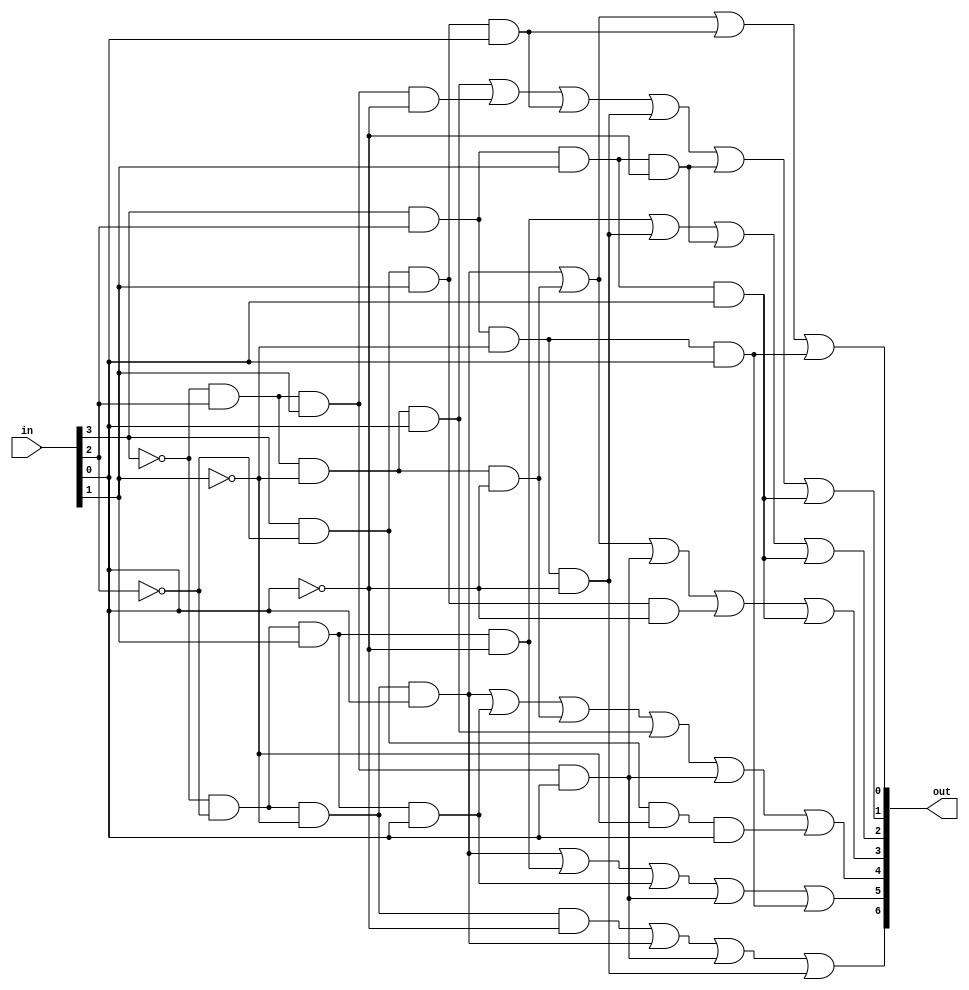
//the display for hex numbers
module seven_Segement_Decoder(out, in);

		input [3:0] in;
		output[6:0] out;
		
		//segement-0, number 1,4,B,D does not need it
		assign out[0] = //(~in[3]&~in[2]&~in[1]&~in[0])| // 0
							  (~in[3]&~in[2]&~in[1]& in[0])| // 1
						//	  (~in[3]&~in[2]& in[1]&~in[0])|	// 2
						//   (~in[3]&~in[2]& in[1]& in[0])| // 3
							  (~in[3]& in[2]&~in[1]&~in[0])| // 4
						//	  (~in[3]& in[2]&~in[1]& in[0])| // 5
						//	  (~in[3]& in[2]& in[1]&~in[0])| // 6
						//	  (~in[3]& in[2]& in[1]& in[0])| // 7
						//	  ( in[3]&~in[2]&~in[1]&~in[0])| // 8
						//	  ( in[3]&~in[2]&~in[1]& in[0])| // 9
						//	  ( in[3]&~in[2]& in[1]&~in[0])| // A
							  ( in[3]&~in[2]& in[1]& in[0])| // B
						//	  ( in[3]& in[2]&~in[1]&~in[0])| // C
							  ( in[3]& in[2]&~in[1]& in[0]); // D
						//	  ( in[3]& in[2]& in[1]&~in[0])| // E
						//	  ( in[3]& in[2]& in[1]& in[0])| // F
							  
		
		//segement-1, number 5,6,B,C,E,F does not need it
		assign out[1] = //(~in[3]&~in[2]&~in[1]&~in[0])| // 0
						//	  (~in[3]&~in[2]&~in[1]& in[0])| // 1
						//	  (~in[3]&~in[2]& in[1]&~in[0])|	// 2
						//   (~in[3]&~in[2]& in[1]& in[0])| // 3
						//	  (~in[3]& in[2]&~in[1]&~in[0])| // 4
							  (~in[3]& in[2]&~in[1]& in[0])| // 5
							  (~in[3]& in[2]& in[1]&~in[0])| // 6
						//	  (~in[3]& in[2]& in[1]& in[0])| // 7
						//	  ( in[3]&~in[2]&~in[1]&~in[0])| // 8
						//	  ( in[3]&~in[2]&~in[1]& in[0])| // 9
						//	  ( in[3]&~in[2]& in[1]&~in[0])| // A
							  ( in[3]&~in[2]& in[1]& in[0])| // B
							  ( in[3]& in[2]&~in[1]&~in[0])| // C
						//	  ( in[3]& in[2]&~in[1]& in[0])| // D
							  ( in[3]& in[2]& in[1]&~in[0])| // E
							  ( in[3]& in[2]& in[1]& in[0]); // F
							  
							  
		//segement-2, number 2,C,E,F does not need it
		assign out[2] = //(~in[3]&~in[2]&~in[1]&~in[0])| // 0
						//	  (~in[3]&~in[2]&~in[1]& in[0])| // 1
							  (~in[3]&~in[2]& in[1]&~in[0])|	// 2
						//   (~in[3]&~in[2]& in[1]& in[0])| // 3
						//	  (~in[3]& in[2]&~in[1]&~in[0])| // 4
						//	  (~in[3]& in[2]&~in[1]& in[0])| // 5
						//	  (~in[3]& in[2]& in[1]&~in[0])| // 6
						//	  (~in[3]& in[2]& in[1]& in[0])| // 7
						//	  ( in[3]&~in[2]&~in[1]&~in[0])| // 8
						//	  ( in[3]&~in[2]&~in[1]& in[0])| // 9
						//	  ( in[3]&~in[2]& in[1]&~in[0])| // A
						//	  ( in[3]&~in[2]& in[1]& in[0])| // B
							  ( in[3]& in[2]&~in[1]&~in[0])| // C
						//	  ( in[3]& in[2]&~in[1]& in[0])| // D
							  ( in[3]& in[2]& in[1]&~in[0])| // E
							  ( in[3]& in[2]& in[1]& in[0]); // F
							  
							  
							  
		//segement-3, number 1,4,7,A,F does not need it
		assign out[3] = //(~in[3]&~in[2]&~in[1]&~in[0])| // 0
							  (~in[3]&~in[2]&~in[1]& in[0])| // 1
						//	  (~in[3]&~in[2]& in[1]&~in[0])|	// 2
						//   (~in[3]&~in[2]& in[1]& in[0])| // 3
							  (~in[3]& in[2]&~in[1]&~in[0])| // 4
						//	  (~in[3]& in[2]&~in[1]& in[0])| // 5
						//	  (~in[3]& in[2]& in[1]&~in[0])| // 6
							  (~in[3]& in[2]& in[1]& in[0])| // 7
						//	  ( in[3]&~in[2]&~in[1]&~in[0])| // 8
						//	  ( in[3]&~in[2]&~in[1]& in[0])| // 9
							  ( in[3]&~in[2]& in[1]&~in[0])| // A
						//	  ( in[3]&~in[2]& in[1]& in[0])| // B
						//	  ( in[3]& in[2]&~in[1]&~in[0])| // C
						//	  ( in[3]& in[2]&~in[1]& in[0])| // D
						//	  ( in[3]& in[2]& in[1]&~in[0])| // E
							  ( in[3]& in[2]& in[1]& in[0]); // F
							  
							  
							  
		//segement-4, number 1,3,4,5,7,9 does not need it
		assign out[4] = //(~in[3]&~in[2]&~in[1]&~in[0])| // 0
							  (~in[3]&~in[2]&~in[1]& in[0])| // 1
						//	  (~in[3]&~in[2]& in[1]&~in[0])|	// 2
						     (~in[3]&~in[2]& in[1]& in[0])| // 3
							  (~in[3]& in[2]&~in[1]&~in[0])| // 4
							  (~in[3]& in[2]&~in[1]& in[0])| // 5
						//	  (~in[3]& in[2]& in[1]&~in[0])| // 6
							  (~in[3]& in[2]& in[1]& in[0])| // 7
						//	  ( in[3]&~in[2]&~in[1]&~in[0])| // 8
							  ( in[3]&~in[2]&~in[1]& in[0]); // 9
						//	  ( in[3]&~in[2]& in[1]&~in[0])| // A
						//   ( in[3]&~in[2]& in[1]& in[0])| // B
						//   ( in[3]& in[2]&~in[1]&~in[0])| // C
						//	  ( in[3]& in[2]&~in[1]& in[0])| // D
						//	  ( in[3]& in[2]& in[1]&~in[0])| // E
						//	  ( in[3]& in[2]& in[1]& in[0])| // F
							  
							  
							  
		//segement-5, number 1,2,3,7,D does not need it
		assign out[5] = //(~in[3]&~in[2]&~in[1]&~in[0])| // 0
							  (~in[3]&~in[2]&~in[1]& in[0])| // 1
							  (~in[3]&~in[2]& in[1]&~in[0])|	// 2
						     (~in[3]&~in[2]& in[1]& in[0])| // 3
						//	  (~in[3]& in[2]&~in[1]&~in[0])| // 4
						//	  (~in[3]& in[2]&~in[1]& in[0])| // 5
						//	  (~in[3]& in[2]& in[1]&~in[0])| // 6
							  (~in[3]& in[2]& in[1]& in[0])| // 7
						//	  ( in[3]&~in[2]&~in[1]&~in[0])| // 8
						//	  ( in[3]&~in[2]&~in[1]& in[0])| // 9
						//	  ( in[3]&~in[2]& in[1]&~in[0])| // A
						//	  ( in[3]&~in[2]& in[1]& in[0])| // B
						//	  ( in[3]& in[2]&~in[1]&~in[0])| // C
							  ( in[3]& in[2]&~in[1]& in[0]); // D
						//	  ( in[3]& in[2]& in[1]&~in[0])| // E
						//	  ( in[3]& in[2]& in[1]& in[0])| // F
							  
							  
							  
							  
		//segement-6, number 0,1,7,C does not need it
		assign out[6] = (~in[3]&~in[2]&~in[1]&~in[0])| // 0
							  (~in[3]&~in[2]&~in[1]& in[0])| // 1
						//	  (~in[3]&~in[2]& in[1]&~in[0])|	// 2
						//   (~in[3]&~in[2]& in[1]& in[0])| // 3
						//	  (~in[3]& in[2]&~in[1]&~in[0])| // 4
						//	  (~in[3]& in[2]&~in[1]& in[0])| // 5
						//	  (~in[3]& in[2]& in[1]&~in[0])| // 6
							  (~in[3]& in[2]& in[1]& in[0])| // 7
						//	  ( in[3]&~in[2]&~in[1]&~in[0])| // 8
						//	  ( in[3]&~in[2]&~in[1]& in[0])| // 9
						//	  ( in[3]&~in[2]& in[1]&~in[0])| // A
						//	  ( in[3]&~in[2]& in[1]& in[0])| // B
							  ( in[3]& in[2]&~in[1]&~in[0]); // C
						//	  ( in[3]& in[2]&~in[1]& in[0])| // D
						//	  ( in[3]& in[2]& in[1]&~in[0])| // E
						//	  ( in[3]& in[2]& in[1]& in[0])| // F
							
endmodule